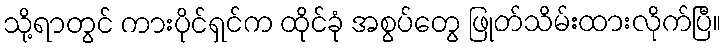
သို့ရာတွင် ကားပိုင်ရှင်က ထိုင်ခုံ အစွပ်တွေ ဖြုတ်သိမ်းထားလိုက်ပြီ။